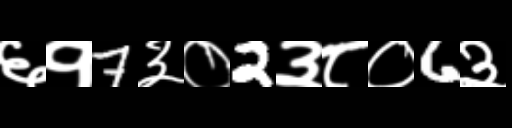
Text: ६१7३०2३८०6३